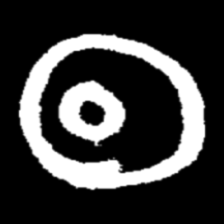
Pyu character \u2014 Myanmar letter: ထ (romanized: tha)